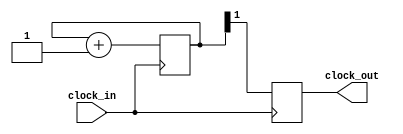
`timescale 1ns / 1ps
//////////////////////////////////////////////////////////////////////////////////
// Company: 
// Engineer: 
// 
// Design Name: 
// Module Name: time_divider
// Project Name: 
// Target Devices: 
// Tool Versions: 
// Description: 
// 
// Dependencies: 
// 
// Revision:
// Revision 0.01 - File Created
// Additional Comments:
// 
//////////////////////////////////////////////////////////////////////////////////

module time_divider(
    input clock_in,
    output reg clock_out
    );
	 reg [20:0] buffer;
	 initial begin 
	 buffer=0; 
	 end

	 always@(posedge clock_in)
	 begin
		buffer<=buffer+1;
		clock_out<=buffer[1];
	 end
endmodule